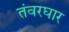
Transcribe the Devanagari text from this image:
तंवरघार